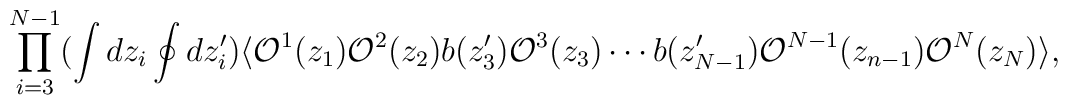
\prod ^{N-1}_{i=3} (\int dz_{i} \oint  dz'_{i}) \langle{\cal O}^{1}(z_{1})  {\cal O}^{2}(z_{2}) b(z'_{3}){\cal O}^{3}(z_3) \cdots b(z'_{N-1}) {\cal O}^{N-1}(z_{n-1}){\cal O}^{N}(z_{N})\rangle,